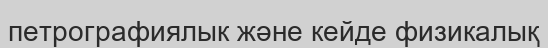
петрографиялык және кейде физикалық